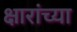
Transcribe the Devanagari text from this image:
क्षारांच्या